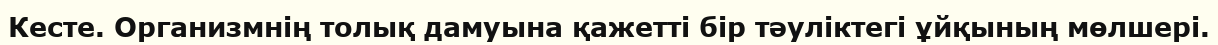
Кесте. Организмнің толық дамуына қажетті бір тәуліктегі ұйқының мөлшері.